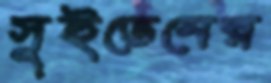
সুইডেনের